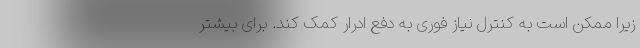
زیرا ممکن است به کنترل نیاز فوری به دفع ادرار کمک کند. برای بیشتر